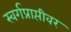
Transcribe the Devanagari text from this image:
स्वर्गप्राप्तीवर